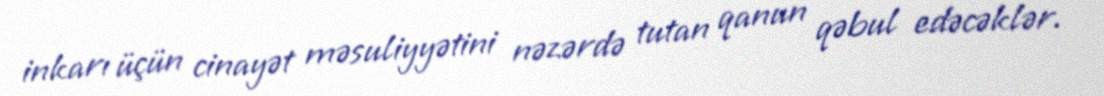
inkarı üçün cinayət məsuliyyətini nəzərdə tutan qanun qəbul edəcəklər.